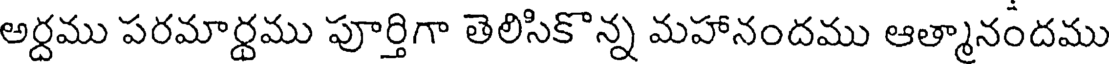
అర్దము పరమార్ధము పూర్తిగా తెలిసికొన్న మహానందము ఆత్మానందము